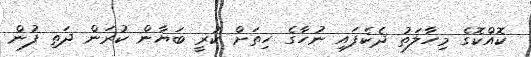
ކޮއްކޮގެ މިހާލަތު ދެކެފައި ނުހާގެ ހިތަށް ކުރީ ބަޔާން ކުރަން ދަތި ފުން